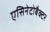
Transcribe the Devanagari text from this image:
एसिनेटोबैक्टर